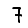
Digit: 7